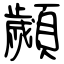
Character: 顪